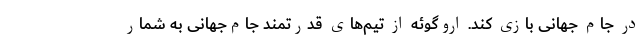
در جام جهانی بازی کند. اروگوئه از تیم‌های قدرتمند جام‌جهانی به شمار